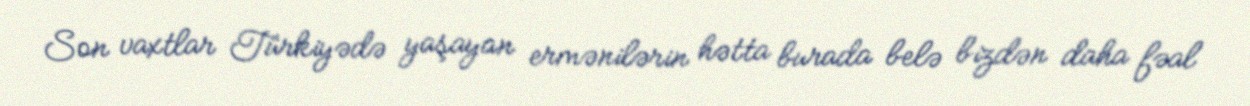
Son vaxtlar Türkiyədə yaşayan ermənilərin hətta burada belə bizdən daha fəal